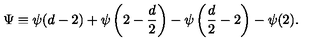
\Psi \equiv \psi ( d - 2 ) + \psi \left( 2 - { \frac { d } { 2 } } \right) - \psi \left( { \frac { d } { 2 } } - 2 \right) - \psi ( 2 ) .